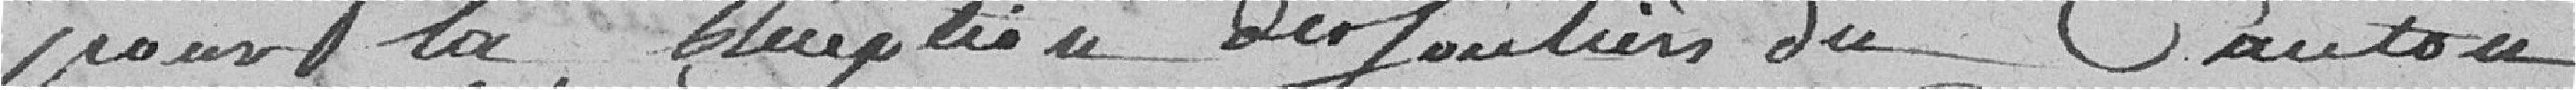
pour la Réception des Soutiens du Canton